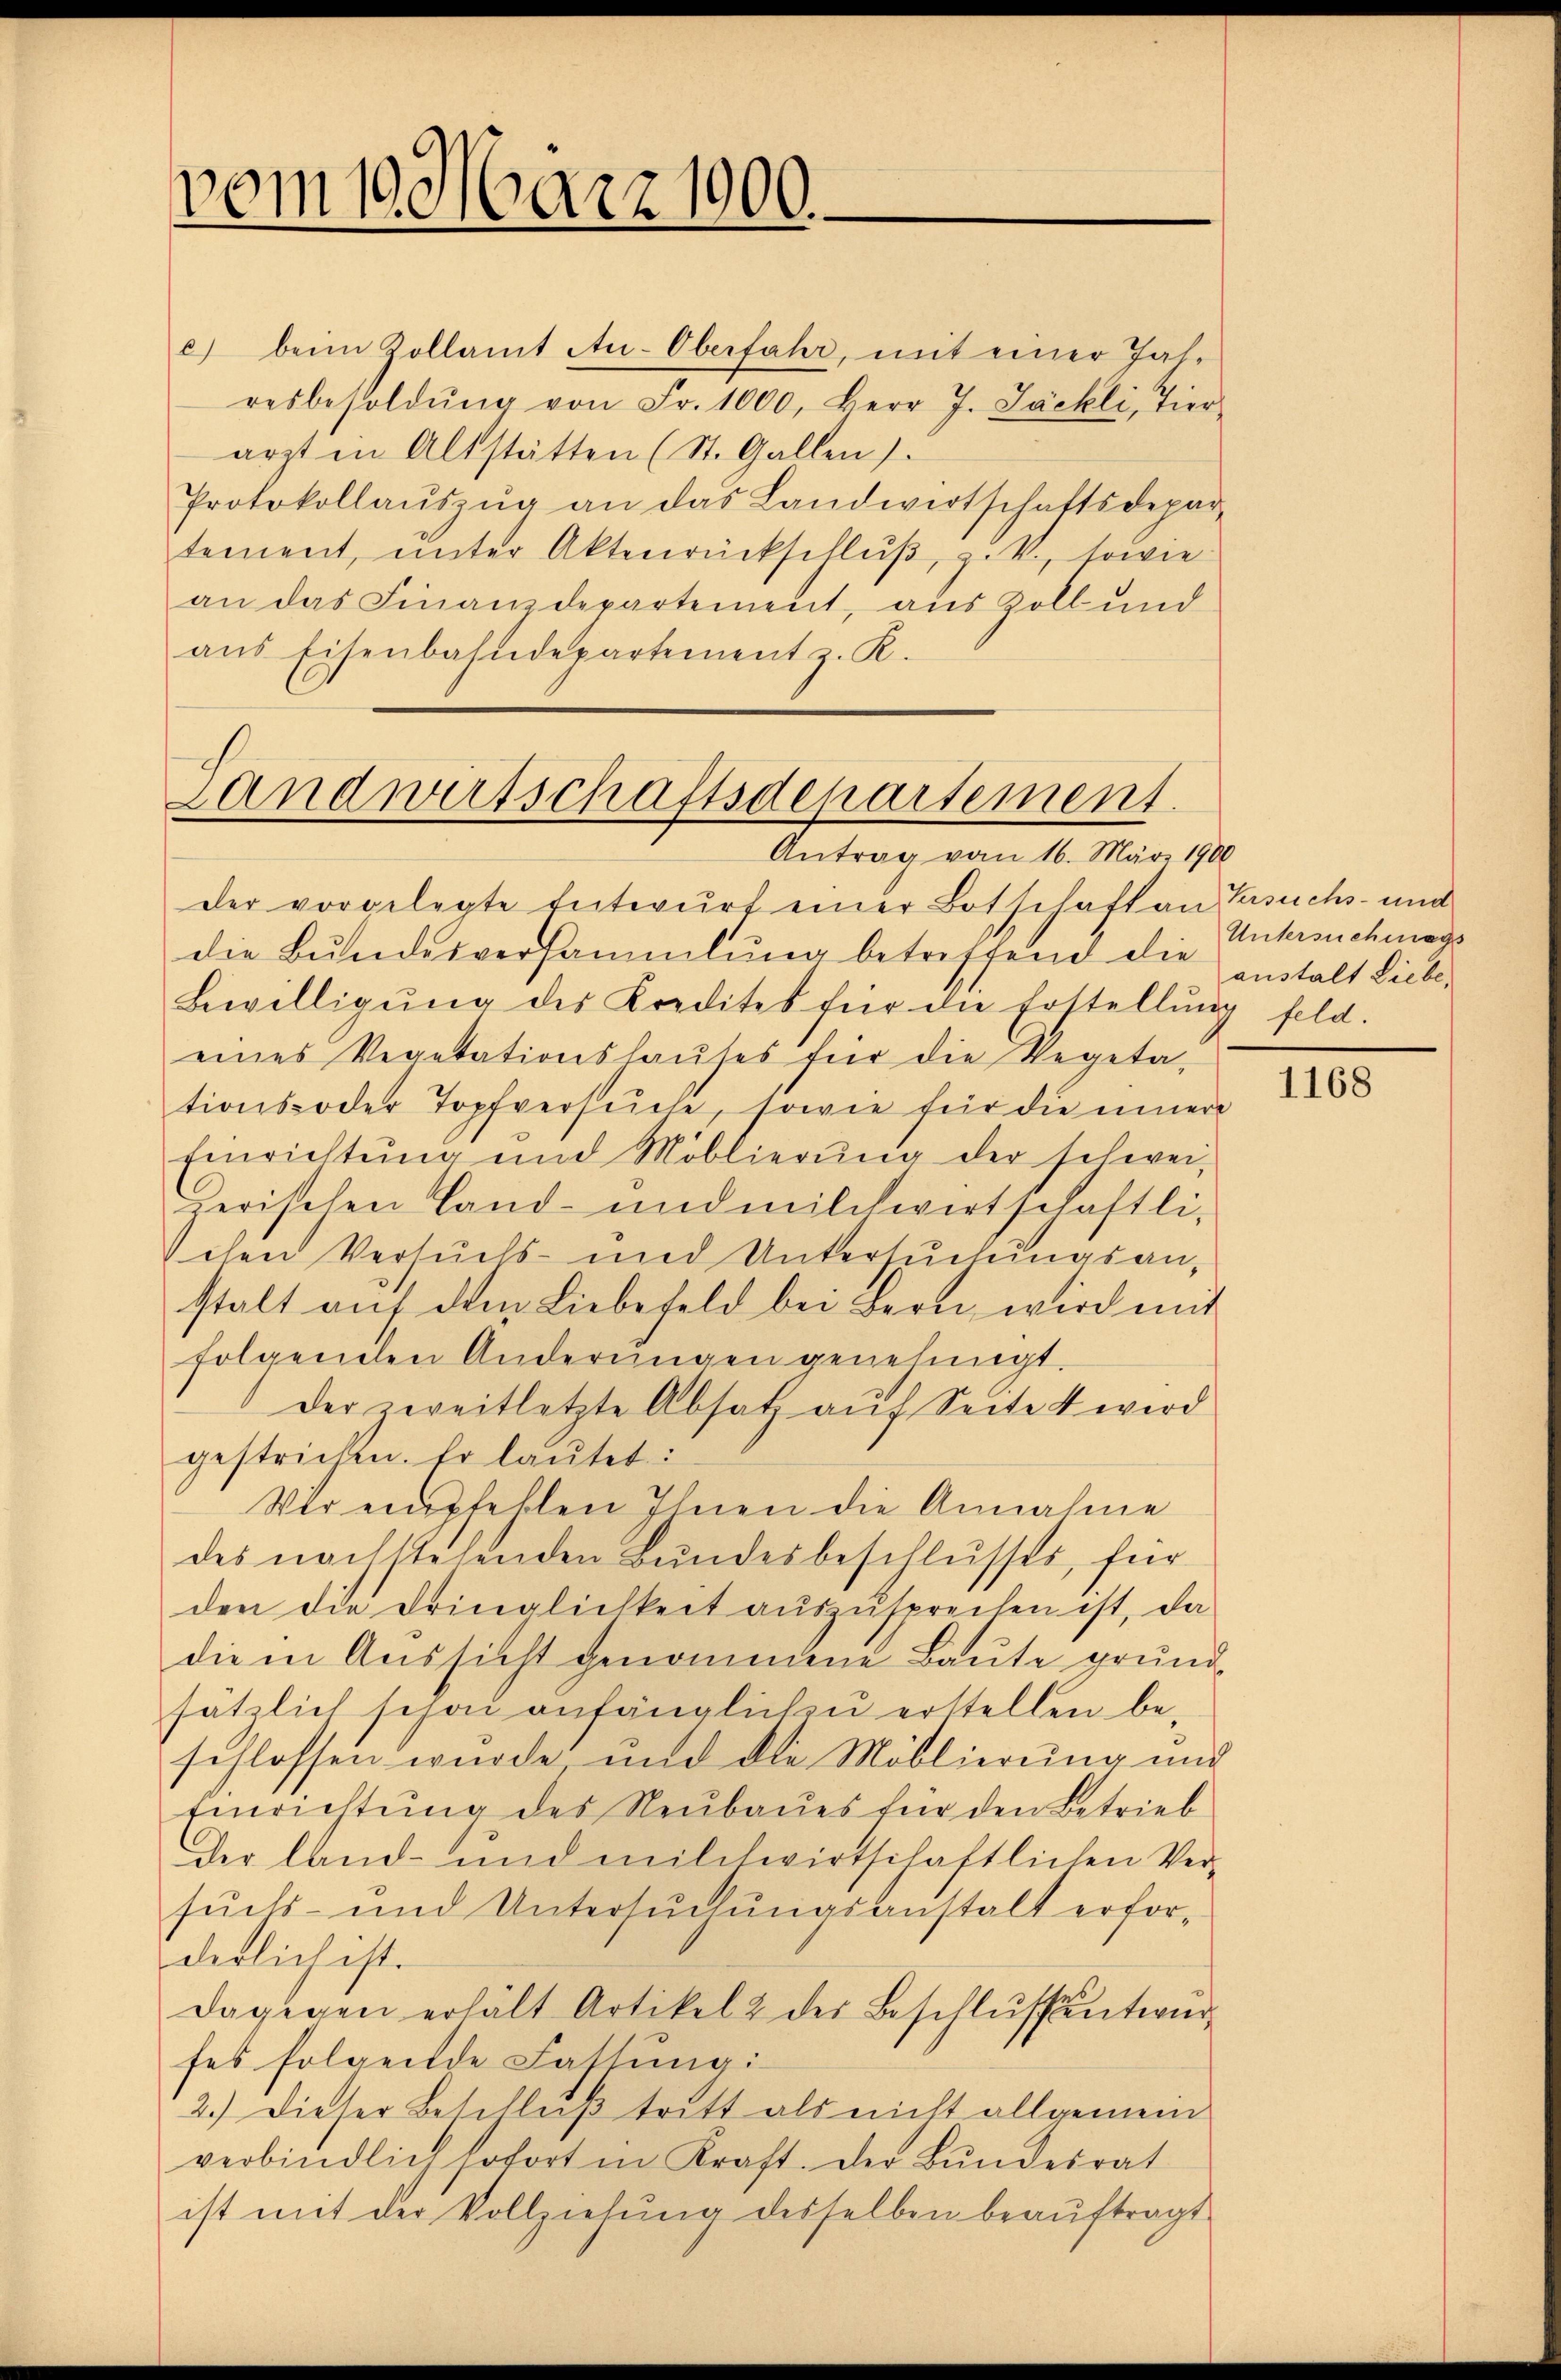
vom 10. März 1900.

c) beim Zollamt Au-Oberfahr, mit einer Tat-
resbesoldŭng von Fr. 1000. Herr J. Jäckli, Tier-
arzt in Altstätten (St. Gallen):
Protokollaŭszŭg an das Landwirtschaftsdepar-
tement, ŭnter Aktenrückschlŭβ, z. B., sowie
an das Finanzdepartement, aus Zoll und
aŭs Eisenbahndepartement z. R.

Landwirtschaftsdepartement.

Antrag vom 16. März 1900
der vorgelegte Entwurf einer Botschaft an ersuchs- und
die Bŭndesversammlung betreffend die
Bewilligŭng des Kredites für die Erstellŭng feld.
eines Vegetationshaŭses für die Vegeta-
tionsoder Topfversuche, sowie für die innere
Einrichtŭng und Moblierŭng der schwei-
derischen Land- und milchwirtschaftli-
Schen Versuchs- und Untersuchungsanstalt auf dem Liebefeld bei Bern wird mit
folgenden Anderŭngen genehmigt.
der zweitletzte Absatz aŭf Seite 4 wird
gestricken. Er laŭtet:
Vir empfehlen Ihnen die Annahme
des nachstehenden Bundesbeschlusses, für
den die dringlichkeit auszusprechen ist, da
die in Aussicht genommene Baute grund-
sätzlich schon anfänglich zu erstellen beschlossen wurde und die Möblierung und
Einrichtŭng des Neŭbaŭes für den Betrieb
Der land- und milchwirtschaftlichen Ver-
suchs- und Untersŭchŭngsanstalt erfor-
derlich ist.
dagegen erhält Artikel 2 der Beschlŭssentwürfes folgende Fassung:
2.) Dieser Beschluß tritt als nicht allgemein
verbindlich sofort in Kraft. Der Bŭndesrat
ist mit der Vollziehŭng desselben beaŭftragt

Untersuchungs
anstalt Liebe,

1168